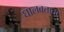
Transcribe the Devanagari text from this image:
घालवताता